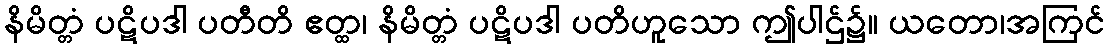
နိမိတ္တံ ပဋိပဒါ ပတီတိ ဧတ္ထ၊ နိမိတ္တံ ပဋိပဒါ ပတိဟူသော ဤပါဌ်၌။ ယတော၊အကြင်